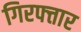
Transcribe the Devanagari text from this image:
गिरफ्त्तार